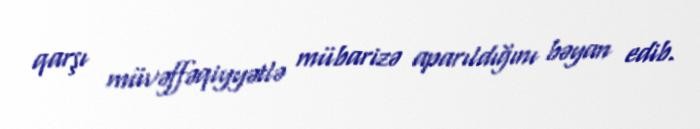
qarşı müvəffəqiyyətlə mübarizə aparıldığını bəyan edib.